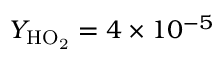
Y _ { \mathrm { H O _ { 2 } } } = 4 \times 1 0 ^ { - 5 }